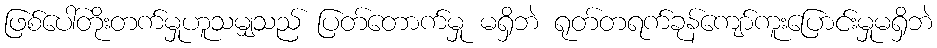
ဖြစ်ပေါ်တိုးတက်မှုဟူသမျှသည် ပြတ်တောက်မှု မရှိဘဲ ရုတ်တရက်ခုန်ကျော်ကူးပြောင်းမှုမရှိဘဲ